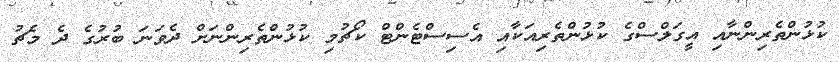
ކުޅުންތެރިންނާއި އީގަލްސްގެ ކުޅުންތެރިއަކާއި އެސިސްޓެންޓް ކޯޗުމި ކުޅުންތެރިންނަށް ދެވަނަ ބުރުގެ ދެ މެޗު